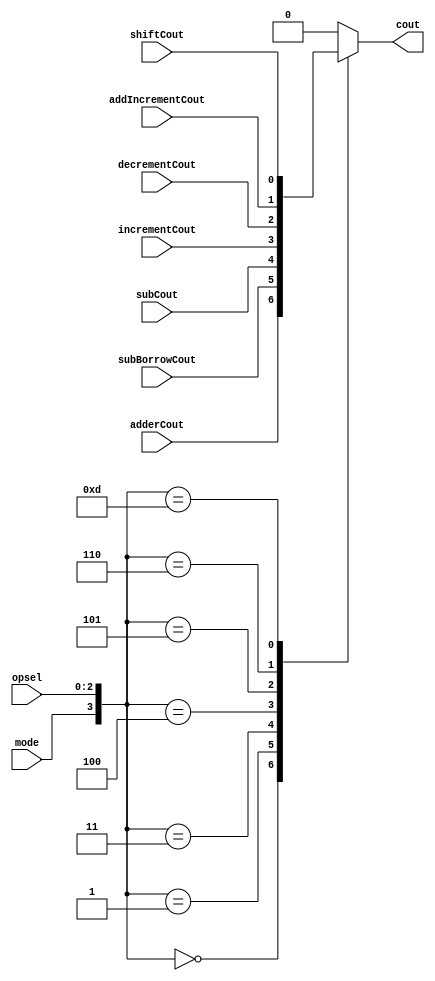
module cout_All(adderCout, subBorrowCout, subCout, incrementCout, decrementCout, addIncrementCout, shiftCout, opsel, mode, cout);
    input adderCout, subBorrowCout, subCout, incrementCout, decrementCout, addIncrementCout, shiftCout, mode;
    input [2:0] opsel;
    output cout;
    
    reg temp;
        
    always @ (mode or opsel)
    begin
         case({mode, opsel})
             4'b0000:
               temp = adderCout;
             4'b0001:
               temp = subBorrowCout;
             4'b0010:
               temp = 1'b0;
             4'b0011:
               temp = subCout;
             4'b0100:
               temp = incrementCout;
             4'b0101:
               temp = decrementCout;
             4'b0110:
               temp = addIncrementCout;
             4'b1000:
               temp = 1'b0;
             4'b1001:
               temp = 1'b0;
             4'b1010:
               temp = 1'b0;
             4'b1011:
               temp = 1'b0;
             4'b1101:
               temp = shiftCout;
             default:
               temp = 1'b0;
        endcase
                 
     end
     assign cout = temp;
endmodule